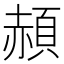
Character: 頳